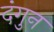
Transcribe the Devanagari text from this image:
दंगुन